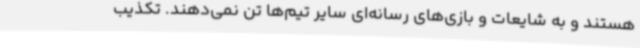
هستند و به شایعات و بازی‌های رسانه‌ای سایر تیم‌ها تن نمی‌دهند. تکذیب